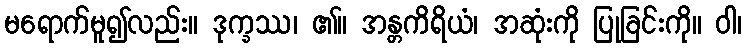
မရောက်မူ၍လည်း။ ဒုက္ခဿ၊ ၏။ အန္တကိရိယံ၊ အဆုံးကို ပြုခြင်းကို။ ဝါ၊